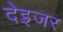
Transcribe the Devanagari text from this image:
देइजर